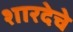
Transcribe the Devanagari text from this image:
शारदेचे